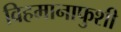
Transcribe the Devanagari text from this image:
विहमानाफुशी